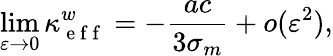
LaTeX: \operatorname*{lim}_{\varepsilon\to 0}\kappa_{\mathrm{~e~f~f~}}^{w}=-\frac{ac}{3\sigma_{m}}+o(\varepsilon^{2}),